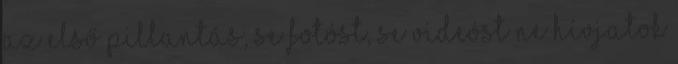
az első pillantás, se fotóst, se videóst ne hívjatok